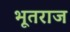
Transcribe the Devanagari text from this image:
भूतराज